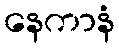
နေကာနံ